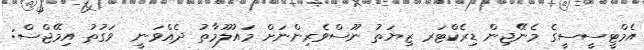
އެމްޓީސީސީގެ މެނޭޖިން ޑިރެކްޓަރ ޒިޔަތު ނޫސްވެރިންނަށް މައުލޫމާތު ދެއްވަނީ  ވަގުތު އިމޭޖްސް: